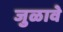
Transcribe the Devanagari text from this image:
जुळावे